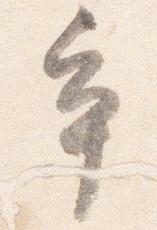
争